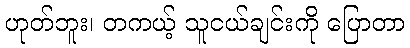
ဟုတ်ဘူး၊ တကယ့် သူငယ်ချင်းကို ပြောတာ